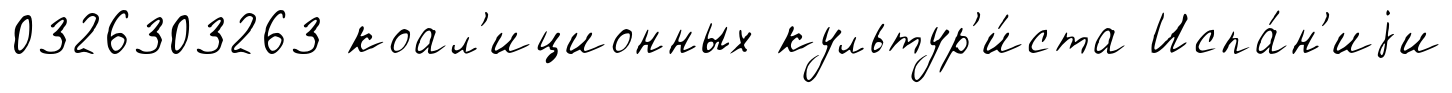
0326303263 коал'иционных культур'и́ста Испа́н'иjи